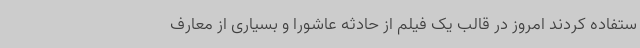
ستفاده کردند امروز در قالب یک فیلم از حادثه عاشورا و بسیاری از معارف